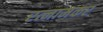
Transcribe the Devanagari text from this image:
रत्नामकर